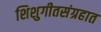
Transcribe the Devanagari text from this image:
शिशुगीतसंग्रहात